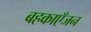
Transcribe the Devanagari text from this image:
बहकाएँजन